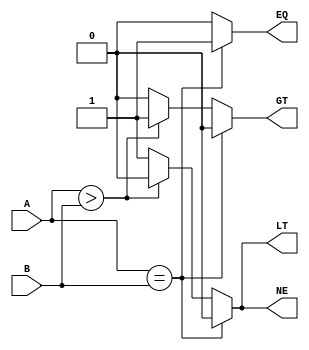
module Comparator (
    input wire [7:0] A,
    input wire [7:0] B,
    output reg EQ,
    output reg NE,
    output reg GT,
    output reg LT
);

always @ (A or B)
begin
    if (A == B) begin
        EQ <= 1;
        NE <= 0;
        GT <= 0;
        LT <= 0;
    end
    else if (A > B) begin
        EQ <= 0;
        NE <= 0;
        GT <= 1;
        LT <= 0;
    end
    else begin
        EQ <= 0;
        NE <= 1;
        GT <= 0;
        LT <= 1;
    end
end

endmodule